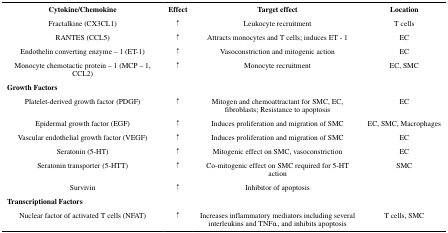
| Cytokine/Chemokine | Effect | Target effect | Location |
 | --- | --- | --- | --- |
 | Fractalkine (CX3CL1) | ↑ | Leukocyte recruitment | T cells |
 | RANTES (CCL5) | ↑ | Attracts monocytes and T cells; induces ET - 1 | EC |
 | Endothelin converting enzyme – 1 (ET-1) | ↑ | Vasoconstriction and mitogenic action | EC |
 | Monocyte chemotactic protein – 1 (MCP – 1, CCL2) | ↑ | Monocyte recruitment | EC, SMC |
 | <COLSPAN=4> Growth Factors |
 | Platelet-derived growth factor (PDGF) | ↑ | Mitogen and chemoattractant for SMC, EC, fibroblasts; Resistance to apoptosis | EC |
 | Epidermal growth factor (EGF) | ↑ | Induces proliferation and migration of SMC | EC, SMC, Macrophages |
 | Vascular endothelial growth factor (VEGF) | ↑ | Induces proliferation and migration of SMC | EC |
 | Seratonin (5-HT) | ↑ | Mitogenic effect on SMC, vasoconstriction | EC |
 | Seratonin transporter (5-HTT) | ↑ | Co-mitogenic effect on SMC required for 5-HT action | SMC |
 | Survivin | ↑ | Inhibitor of apoptosis |  |
 | <COLSPAN=4> Transcriptional Factors |
 | Nuclear factor of activated T cells (NFAT) | ↑ | Increases inflammatory mediators including several interleukins and TNFα, and inhibits apoptosis | T cells, SMC |